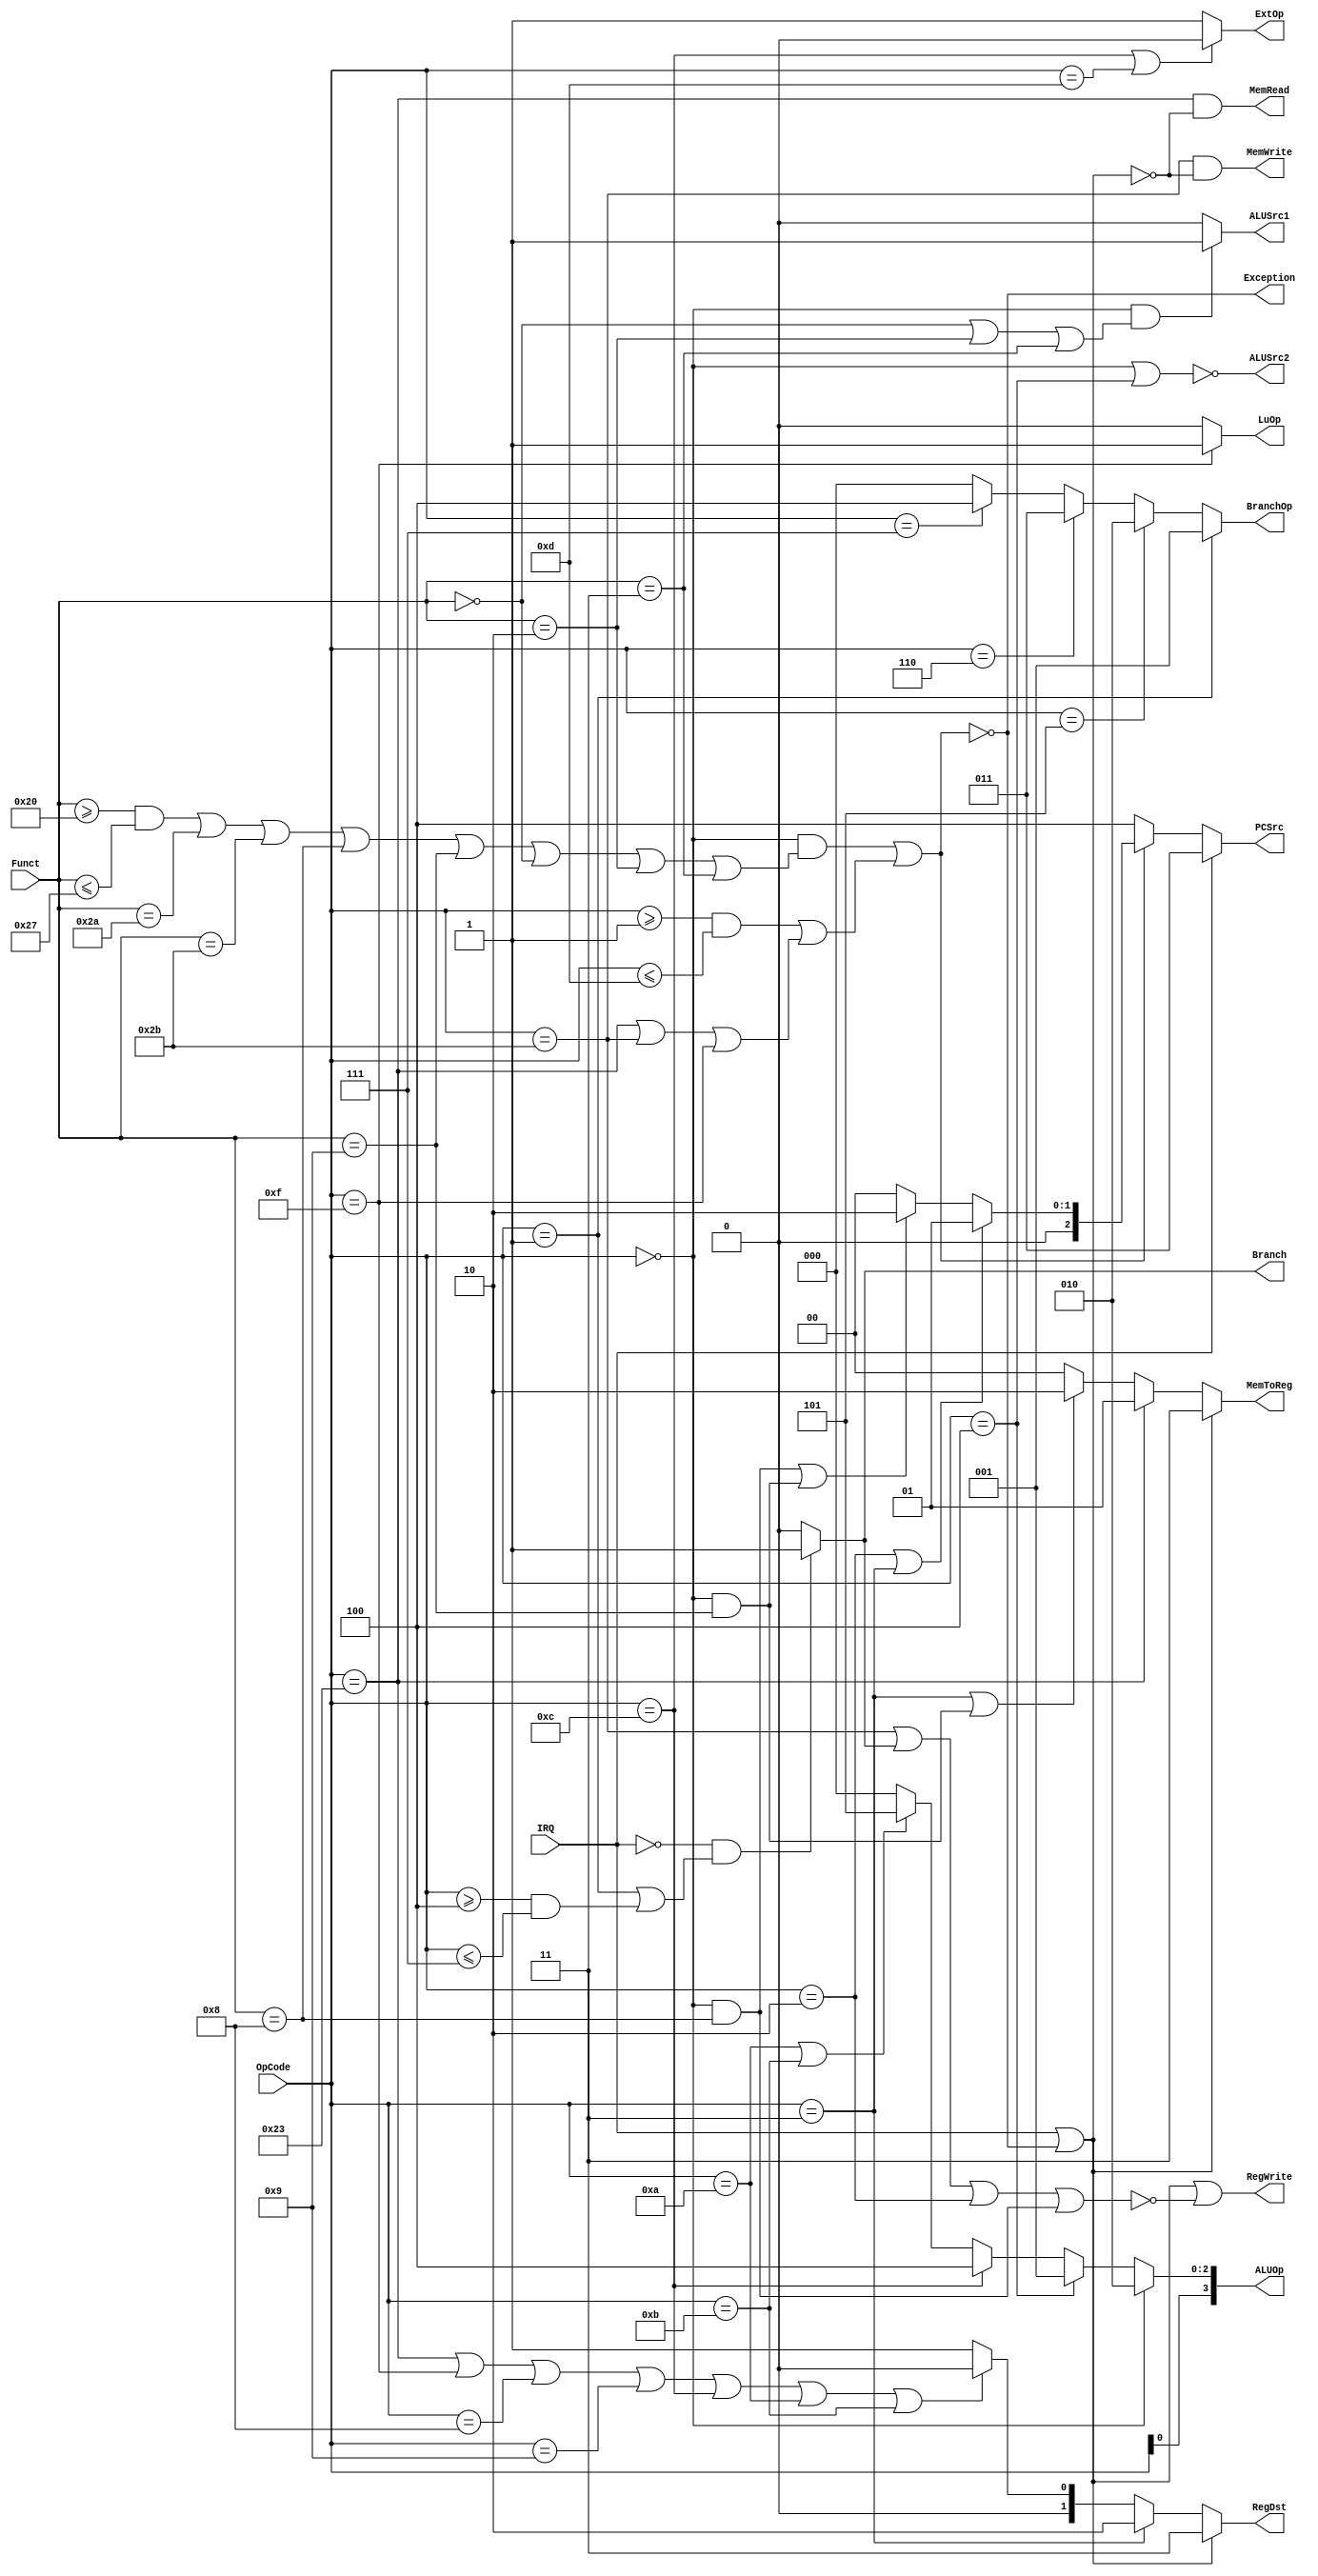
`timescale 1ns / 1ps

module Control(
    OpCode, Funct, PCSrc, RegDst, ExtOp, LuOp, Branch, BranchOp, ALUOp, ALUSrc1, 
    ALUSrc2, MemRead, MemWrite, MemToReg, RegWrite, IRQ, Exception
    );
    input [5:0] OpCode;
    input [5:0] Funct;
    input IRQ;
    output [2:0] PCSrc;
    output [1:0] RegDst;
    output ExtOp;
    output LuOp;
    
    output Branch;
    output [2:0] BranchOp;
    output [3:0] ALUOp;
    output ALUSrc1;
    output ALUSrc2;
    
    output MemRead;
    output MemWrite;
    
    output [1:0] MemToReg;
    output RegWrite;
    output Exception;
    
    assign PCSrc = //IRQ, exception
        IRQ ? 3'b011:
        Exception ? 3'b100:
       (OpCode == 6'h02 || OpCode == 6'h03)? 3'b001:
       ((OpCode == 0 && Funct == 6'h08) || (OpCode == 0 && Funct == 6'h09))? 3'b010:

        3'b000;
    assign Branch = 
              ~IRQ && (OpCode == 6'h01 || (OpCode >= 6'h04 && OpCode <= 6'h07))? 1'b1:
              1'b0;
     assign BranchOp[2:0] = 
            (OpCode == 6'h01) ? 3'b001://bltz         
            (OpCode == 6'h05) ? 3'b010://bne
            (OpCode == 6'h06) ? 3'b011://blez
            (OpCode == 6'h07) ? 3'b100://bgtz
            3'b000;//beq
	assign ALUOp[2:0] = 
            (OpCode == 6'h00)? 3'b010: //R, jr, jalr
            (OpCode == 6'h04)? 3'b001: //andi
            (OpCode == 6'h0c)? 3'b100: //ori
            (OpCode == 6'h0a || OpCode == 6'h0b)? 3'b101://slti or sltiu 
            3'b000; //addi, addiu, ...
    assign ALUOp[3] = OpCode[0];
    
    assign ALUSrc1 = 
            (OpCode == 6'h00 && (Funct == 6'h00 || Funct == 6'h02 || Funct == 6'h03))? 1'b1:
            1'b0;
    assign ALUSrc2 = ~(OpCode == 6'h00 || OpCode == 6'h04);
    assign MemRead = 
        (OpCode == 6'h23) && ~(IRQ || Exception);
    assign MemWrite = 
        (OpCode == 6'h2b) && ~(IRQ || Exception);
    assign MemToReg = 
            (IRQ || Exception) ? 2'b11:
            (OpCode == 6'h23)? 2'b01://mem out
            (OpCode == 6'h03 || (OpCode == 0 && Funct == 6'h09))? 2'b10://pc
            2'b00;//alu out
    assign ExtOp = 
        (OpCode == 6'h0c || OpCode == 6'h0d)? 1'b0:
        1'b1;
    assign LuOp = 
        (OpCode == 6'h0f)? 1'b1:
        1'b0;
    assign RegDst[1:0] = 
        (IRQ || Exception) ? 2'b11:
        (OpCode == 6'h03) ? 2'b10:
        (OpCode == 6'h23 || OpCode == 6'h0f || OpCode == 6'h08 || OpCode == 6'h09 || OpCode == 6'h0c || OpCode == 6'h0a || OpCode == 6'h0b)? 2'b00:
        2'b01;
    assign RegWrite = IRQ || Exception || 
           ~(OpCode == 6'h2b || Branch || OpCode == 6'h02 || (OpCode == 0 && Funct == 6'h08));
           
    assign Exception = ~((OpCode == 6'h00 && ((Funct >= 6'h20 && Funct <= 6'h27) || Funct == 6'h2a ||
                        Funct == 6'h2b || Funct == 6'h08||Funct == 6'h09 || Funct == 6'h00 ||
                        Funct == 6'h02 || Funct == 6'h03)) || ((OpCode >= 6'h01 && OpCode <= 6'h0d) ||
                        (OpCode == 6'h23 || OpCode == 6'h2b || OpCode == 6'h0f)));
    
           
endmodule